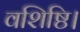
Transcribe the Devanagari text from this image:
वशिष्ठि।